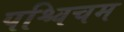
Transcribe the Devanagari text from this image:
पश्चिचम